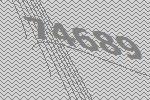
74689